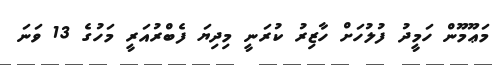
މަޢޫމޫން ހަމީދު ފުލުހަށް ހާޒިރު ކުރަނީ މިދިޔަ ފެބްރުއަރީ މަހުގެ 13 ވަނަ